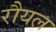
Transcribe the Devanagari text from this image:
रौयल